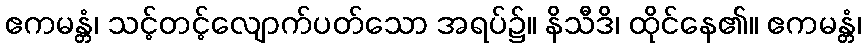
ဧကမန္တံ၊ သင့်တင့်လျောက်ပတ်သော အရပ်၌။ နိသီဒိ၊ ထိုင်နေ၏။ ဧကမန္တံ၊